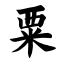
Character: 粟